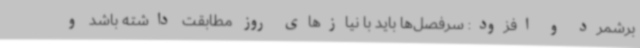
برشمرد و افزود: سرفصل‌ها باید با نیازهای روز مطابقت داشته ‌باشد و